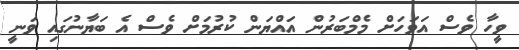
ވީހާ ވެސް އަވަހަށް މެމްބަރުން އައްޔަން ކުރުމަށް ވެސް އެ ބަޔާނުގައި ވަނީ